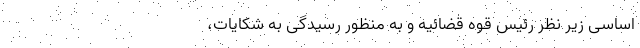
اساسی زیر نظر رئیس‌ قوه‌ قضائیه و به‌ منظور رسیدگی‌ به‌ شکایات‌،